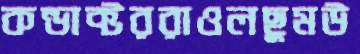
কন্ডাক্টররাওলছুমউ